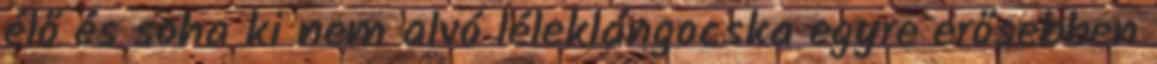
élő és soha ki nem alvó léleklángocska egyre erősebben